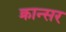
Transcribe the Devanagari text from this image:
क्रान्सर